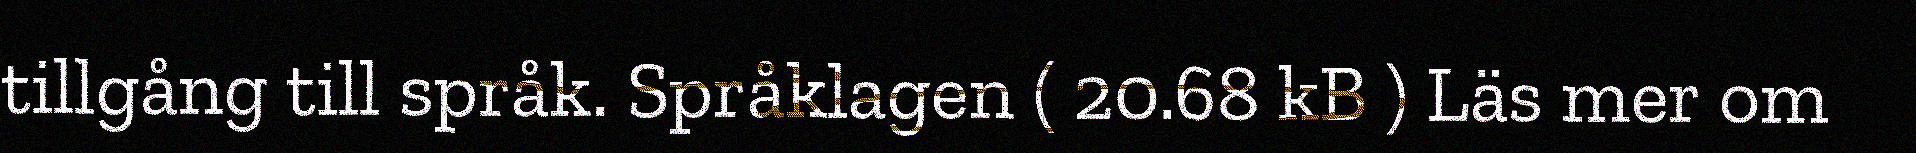
tillgång till språk. Språklagen ( 20.68 kB ) Läs mer om